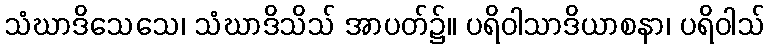
သံဃာဒိသေသေ၊ သံဃာဒိသိသ် အာပတ်၌။ ပရိဝါသာဒိယာစနာ၊ ပရိဝါသ်